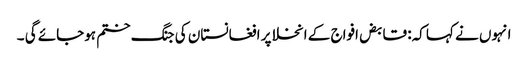
انہوں نے کہا کہ: قابض افواج کے انخلا پر افغانستان کی جنگ ختم ہوجائے گی ۔